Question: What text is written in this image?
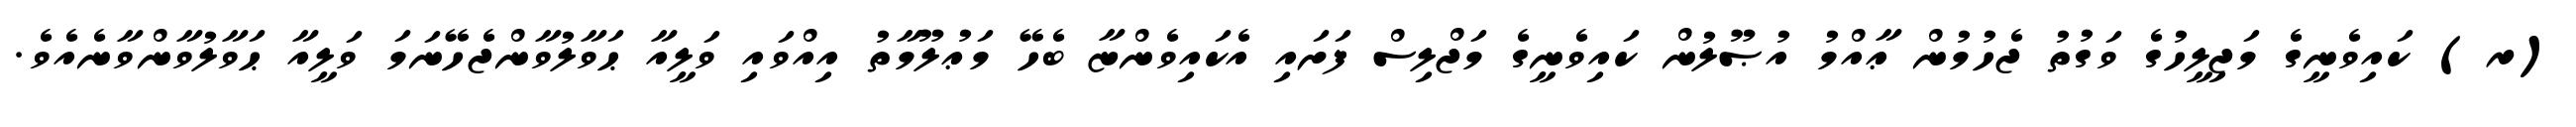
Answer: (ރ) ކައިވެނީގެ މަޖިލީހުގެ ވަގުތު ޖެހުމުން ޢާއްމު އުޞޫލުން ކައިވެނީގެ މަޖްލިސް ފަށައި އެކައިވެންޏާ ބެހޭ މަޢުލޫމާތު އިއްވައި ވަލީއާ ޙަވާލުވާންޖެހޭނަމަ ވަލީއާ ޙަވާލުވާންވާނެއެވެ.